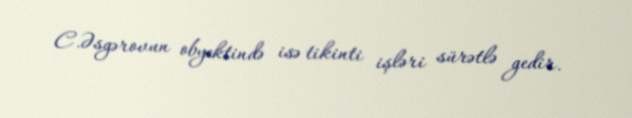
C.Əsgərovun obyektində isə tikinti işləri sürətlə gedir.